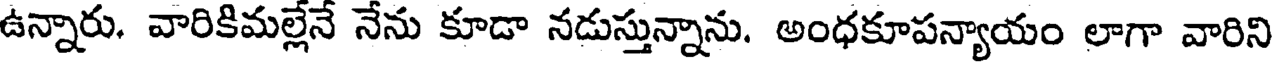
ఉన్నారు. వారికిమల్లేనే నేను కూడా నడుస్తున్నాను. అంధకూపన్యాయం లాగా వారిని